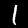
Digit: 1